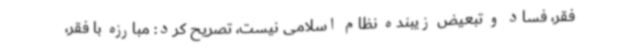
فقر، فساد و تبعیض زیبنده نظام اسلامی نیست، تصریح کرد: مبارزه با فقر،